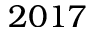
2 0 1 7